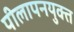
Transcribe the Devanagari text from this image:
पीलापनयुक्त